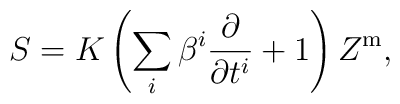
S=K\left(\sum_i\beta^i\frac{\partial}{\partial t^i}+1\right)Z^{\mathrm{m}},